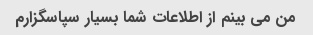
من می بینم از اطلاعات شما بسیار سپاسگزارم